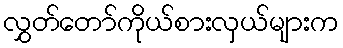
လွှတ်တော်ကိုယ်စားလှယ်များက